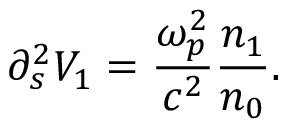
\partial _ { s } ^ { 2 } V _ { 1 } = { \frac { \omega _ { p } ^ { 2 } } { c ^ { 2 } } } { \frac { n _ { 1 } } { n _ { 0 } } } .